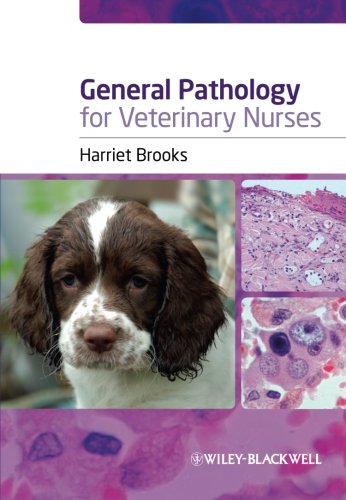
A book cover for General Pathology for Veterinary Nurses; Harriet Brooks; Medical Books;